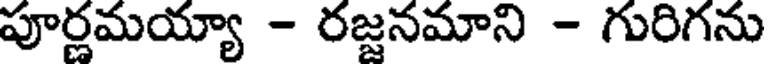
పూర్ణమయ్యా - రజ్జనమాని - గురిగను